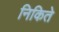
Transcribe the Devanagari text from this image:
निकिते